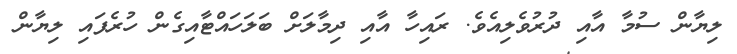
ލިޔާން ސުމާ އާއި ދުރުވެލިއެވެ. ރައިހާ އާއި ދިމާލަށް ބަލަހައްޓާއިގެން ހުރެފައި ލިޔާން